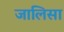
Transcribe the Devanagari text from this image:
जालिसा